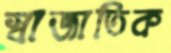
স্বাজাতিক